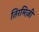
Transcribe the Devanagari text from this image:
तिरमिज़ी